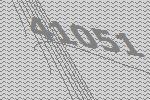
41051